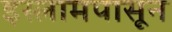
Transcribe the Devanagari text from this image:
इस्लामपासून